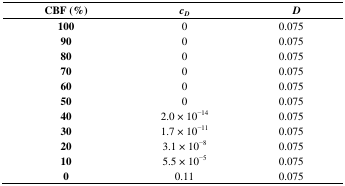
<table><thead><tr><td><b>CBF (%)</b></td><td><b><i>c<sub>D</sub></i></b></td><td><b><i>D</i></b></td></tr></thead><tbody><tr><td><b>100</b></td><td>0</td><td>0.075</td></tr><tr><td><b>90</b></td><td>0</td><td>0.075</td></tr><tr><td><b>80</b></td><td>0</td><td>0.075</td></tr><tr><td><b>70</b></td><td>0</td><td>0.075</td></tr><tr><td><b>60</b></td><td>0</td><td>0.075</td></tr><tr><td><b>50</b></td><td>0</td><td>0.075</td></tr><tr><td><b>40</b></td><td>2.0 × 10<sup>−14</sup></td><td>0.075</td></tr><tr><td><b>30</b></td><td>1.7 × 10<sup>−11</sup></td><td>0.075</td></tr><tr><td><b>20</b></td><td>3.1 × 10<sup>−8</sup></td><td>0.075</td></tr><tr><td><b>10</b></td><td>5.5 × 10<sup>−5</sup></td><td>0.075</td></tr><tr><td><b>0</b></td><td>0.11</td><td>0.075</td></tr></tbody></table>